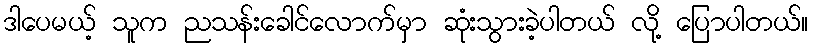
ဒါပေမယ့် သူက ညသန်းခေါင်လောက်မှာ ဆုံးသွားခဲ့ပါတယ် လို့ ပြောပါတယ်။